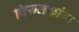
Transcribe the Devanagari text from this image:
वियतकांग